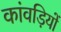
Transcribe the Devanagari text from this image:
कांवड़ियों